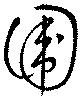
圍